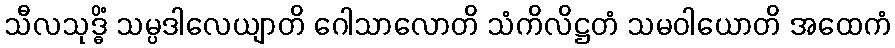
သီလသုဒ္ဓိံ သမ္ပဒါလေယျာတိ ဂေါသာလောတိ သံကိလိဋ္ဌတံ သမဝါယောတိ အထေကံ